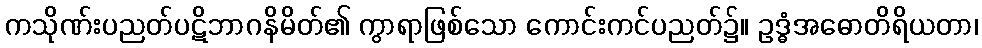
ကသိုဏ်းပညတ်ပဋိဘာဂနိမိတ်၏ ကွာရာဖြစ်သော ကောင်းကင်ပညတ်၌။ ဥဒ္ဓံအဓောတိရိယတာ၊